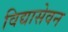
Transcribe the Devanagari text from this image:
विद्यासेवन